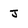
Character: J